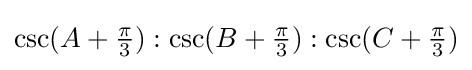
\csc(A+{\tfrac {\pi }{3}}):\csc(B+{\tfrac {\pi }{3}}):\csc(C+{\tfrac {\pi }{3}})